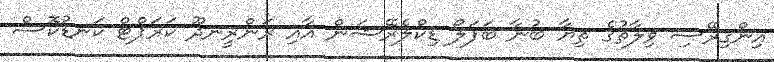
އިންގިރޭސި ވިލާތުގެ ތިޔާ ބުނާ ބަފަލޯ ޑިކްލެރޭޝަން އާއި ރަންރީނދޫ ކަރަޕްޓް ކަނޑުކޮސް